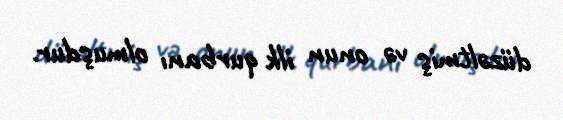
düzəltmiş və onun ilk qurbanı olmuşdur.